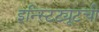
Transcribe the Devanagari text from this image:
इन्स्टिट्यूटची